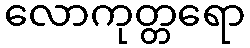
လောကုတ္တရော